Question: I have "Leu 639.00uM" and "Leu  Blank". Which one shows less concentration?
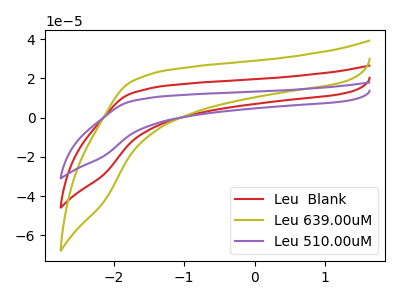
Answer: <think>The red curve "Leu  Blank" has no peaks. The olive curve "Leu 639.00uM" has no peaks. The purple curve "Leu 510.00uM" has no peaks.
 Neither "Leu 639.00uM" or "Leu  Blank" have any peaks.</think>
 <answer>I cant tell if "Leu 639.00uM" or "Leu  Blank" has higher concentration.</answer>
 <eval>mixed_concentration</eval>